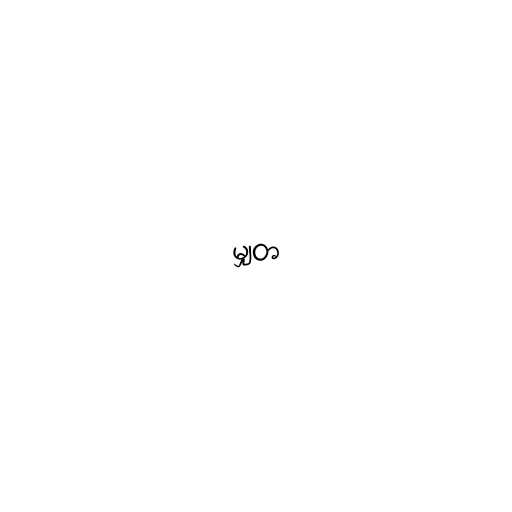
မျှတ